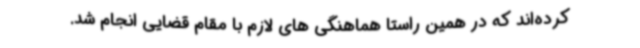
کرده‌اند که در همین راستا هماهنگی های لازم با مقام قضایی انجام شد.